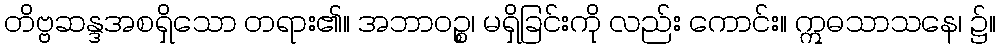
တိဗ္ဗဆန္ဒအစရှိသော တရား၏။ အဘာဝဉ္စ၊ မရှိခြင်းကို လည်း ကောင်း။ ဣဓသာသနေ၊ ၌။